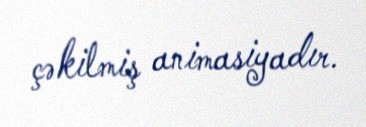
çəkilmiş animasiyadır.